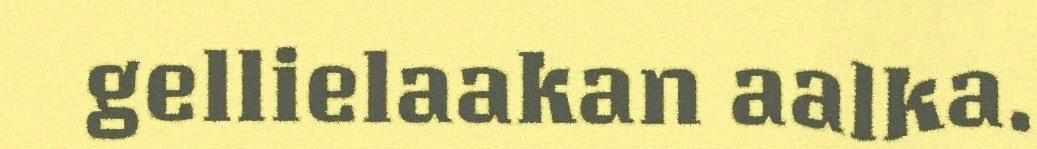
gellielaakan aalka.